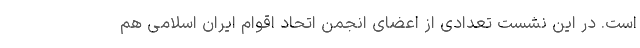
است. در این نشست تعدادی از اعضای انجمن اتحاد اقوام ایران اسلامی هم